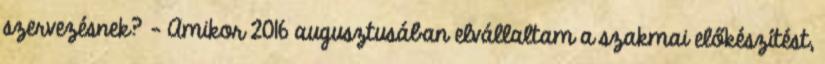
szervezésnek? – Amikor 2016 augusztusában elvállaltam a szakmai előkészítést,